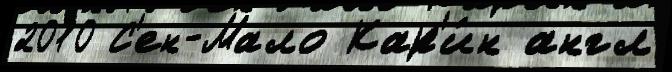
2010 С'ен-Мало Кар'и́н англ